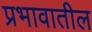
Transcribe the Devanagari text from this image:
प्रभावातील